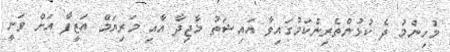
މުހިންމު ދެ ކުޅުންތެރިންކަމުގައިވާ އައިޝަތު މާޖިދާ އާއި މަރިޔަމް އަޒީފާ އަށް ވަނީ